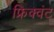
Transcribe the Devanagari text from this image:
फ्रिक्वंट